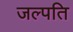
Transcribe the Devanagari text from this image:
जल्पति